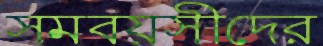
সমবয়সীদের